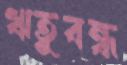
ঋতুবন্ধ